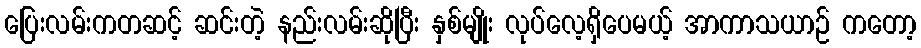
ပြေးလမ်းကတဆင့် ဆင်းတဲ့ နည်းလမ်းဆိုပြီး နှစ်မျိုး လုပ်လေ့ရှိပေမယ့် အာကာသယာဉ် ကတော့